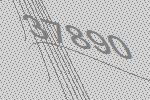
37890